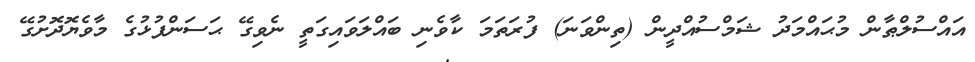
އައްސުލްޠާން މުޙައްމަދު ޝަމްސުއްދީން (ތިންވަނަ) ފުރަތަމަ ކާވެނި ބައްލަވައިގަތީ ނެވިގޭ ޙަސަންފުޅުގެ މާވެޔޮދޮށުގޭ